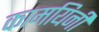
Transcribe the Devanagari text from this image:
कामयिनी